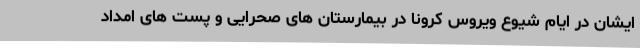
ایشان در ایام شیوع ویروس کرونا در بیمارستان های صحرایی و پست های امداد